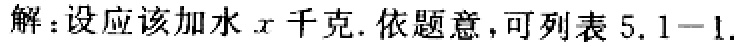
解：设应该加水\(x\)千克. 依题意，可列表 \(5.1 - 1.\)